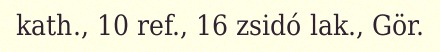
kath., 10 ref., 16 zsidó lak., Gör.